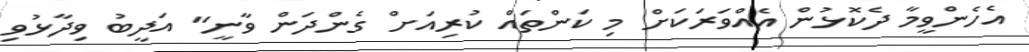
އެހެންވީމާ ދެކޮޅުން އެއްވަރަކަށް މި ކަންތައް ކުރިއަށް ގެންދަން ވާނީ" އަދީބު ވިދާޅުވި